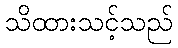
သိထားသင့်သည်